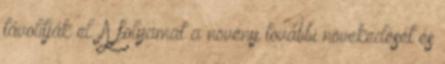
távolítják el. A folyamat a növény további növekedését és